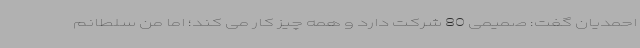
احمدیان گفت: صمیمی 80 شرکت دارد و همه چیز کار می کند؛ اما من سلطانم